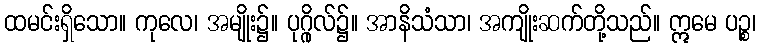
ထမင်းရှိသော။ ကုလေ၊ အမျိုး၌။ ပုဂ္ဂိုလ်၌။ အာနိသံသာ၊ အကျိုးဆက်တို့သည်။ ဣမေ ပဉ္စ၊